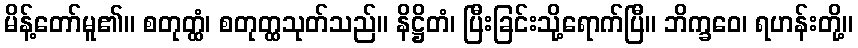
မိန့်တော်မူ၏။ စတုတ္ထံ၊ စတုတ္ထသုတ်သည်။ နိဋ္ဌိတံ၊ ပြီးခြင်းသို့ရောက်ပြီ။ ဘိက္ခဝေ၊ ရဟန်းတို့။